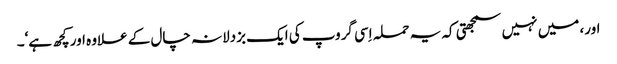
اور، میں نہیں سمجھتی کہ یہ حملہ اِسی گروپ کی ایک بزدلانہ چال کے علاوہ اور کچھ ہے‘۔